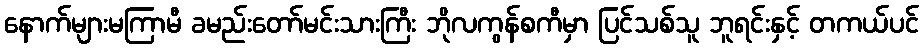
နောက်များမကြာမီ ခမည်းတော်မင်းသားကြီး ဘိုလကွန်စကီမှာ ပြင်သစ်သူ ဘူရင်းနှင့် တကယ်ပင်